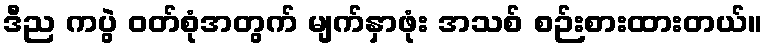
ဒီည ကပွဲ ဝတ်စုံအတွက် မျက်နှာဖုံး အသစ် စဉ်းစားထားတယ်။